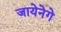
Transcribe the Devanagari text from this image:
जायेनेगे